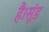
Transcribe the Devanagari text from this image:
है।सूंड